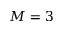
M = 3